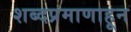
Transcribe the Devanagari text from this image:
शब्दप्रमाणाहून